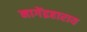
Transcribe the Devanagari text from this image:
नागेंद्रहाराय